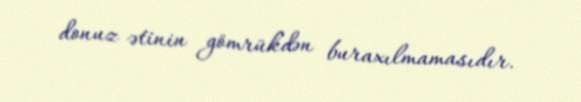
donuz ətinin gömrükdən buraxılmamasıdır.